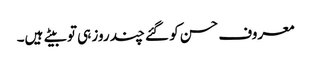
معروف حسن کو گئے چند روز ہی تو بیتے ہیں۔